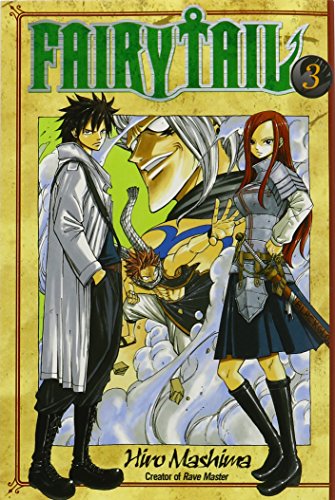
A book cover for Fairy Tail 3; Hiro Mashima; Comics & Graphic Novels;